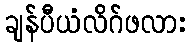
ချန်ပီယံလိဂ်ဖလား